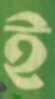
ই